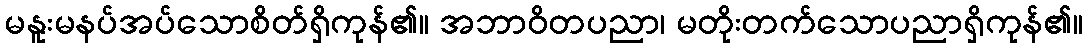
မနူးမနပ်အပ်သောစိတ်ရှိကုန်၏။ အဘာဝိတပညာ၊ မတိုးတက်သောပညာရှိကုန်၏။